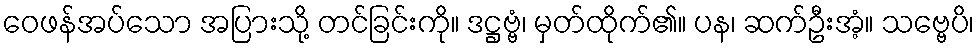
ဝေဖန်အပ်သော အပြားသို့ တင်ခြင်းကို။ ဒဋ္ဌဗ္ဗံ၊ မှတ်ထိုက်၏။ ပန၊ ဆက်ဦးအံ့။ သဗ္ဗေပိ၊